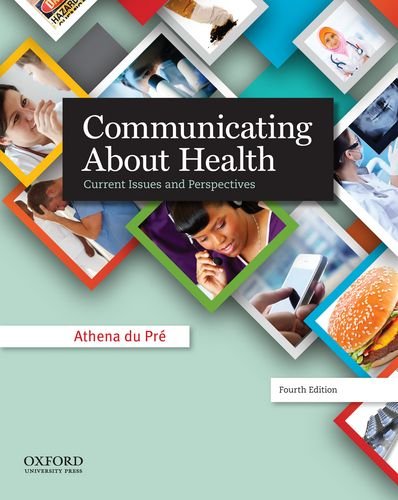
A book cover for Communicating About Health: Current Issues and Perspectives; Athena du PrÃ©; Politics & Social Sciences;